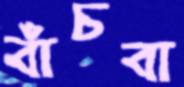
বাঁচবা